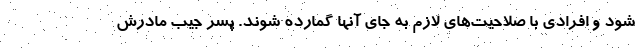
شود و افرادی با صلاحیت‌های لازم به جای آنها گمارده شوند. پسر جیب مادرش